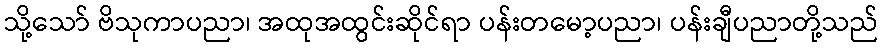
သို့သော် ဗိသုကာပညာ၊ အထုအထွင်းဆိုင်ရာ ပန်းတမော့ပညာ၊ ပန်းချီပညာတို့သည်